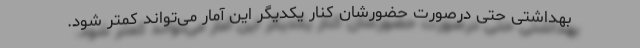
بهداشتی حتی درصورت حضورشان کنار یکدیگر این آمار می‌تواند کمتر شود.‌